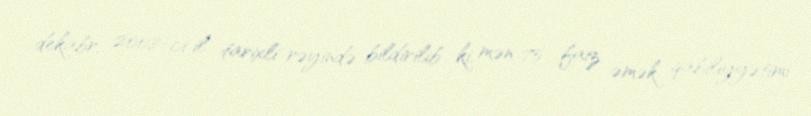
dekabr, 2008-ci il tarixli rəyində bildirilib ki, mən 75 faiz əmək qabiliyyətimi